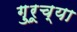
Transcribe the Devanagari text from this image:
गु्रूच्या